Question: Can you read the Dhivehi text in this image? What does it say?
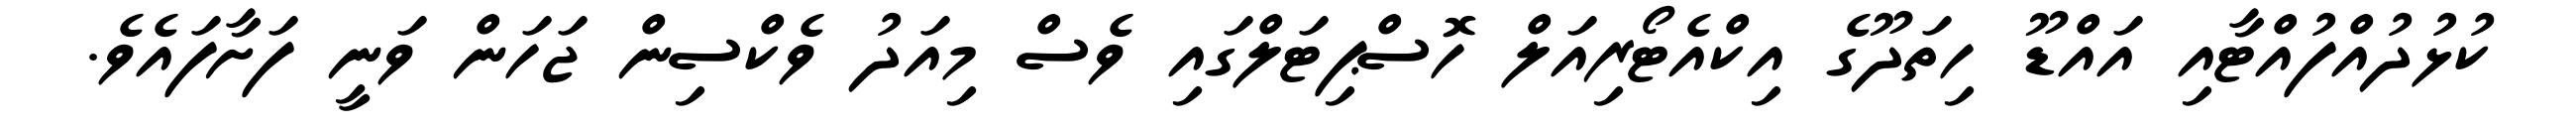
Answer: ކުޅުދުއްފުއްޓާއި އައްޑޫ ހިތަދޫގެ އިކްއެޓޯރިއަލް ހޮސްޕިޓަލްގައި ވެސް މިއަދު ވެކްސިން ޖަހަން ވަނީ ފަށާފައެވެ.